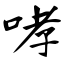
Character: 哮